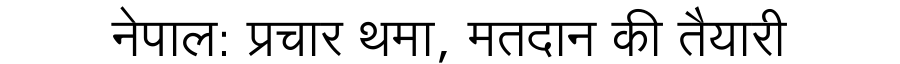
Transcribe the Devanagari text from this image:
नेपाल: प्रचार थमा, मतदान की तैयारी